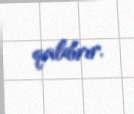
qaldırır.